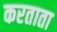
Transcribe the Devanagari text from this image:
करताता